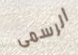
الرسمى